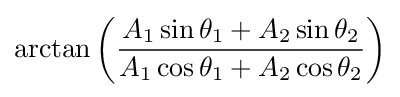
\arctan \left({\frac {A_{1}\sin \theta _{1}+A_{2}\sin \theta _{2}}{A_{1}\cos \theta _{1}+A_{2}\cos \theta _{2}}}\right)